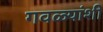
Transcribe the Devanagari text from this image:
गवळ्यांशी